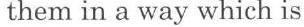
them in a way which is